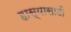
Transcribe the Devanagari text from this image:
हास्यासाठी